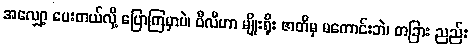
အလျှော့ ပေးတယ်လို့ ပြောကြမှာပဲ၊ ဝီလီဟာ မျိုးရိုး ဇာတိမှ မကောင်းဘဲ၊ တခြား ညည်း